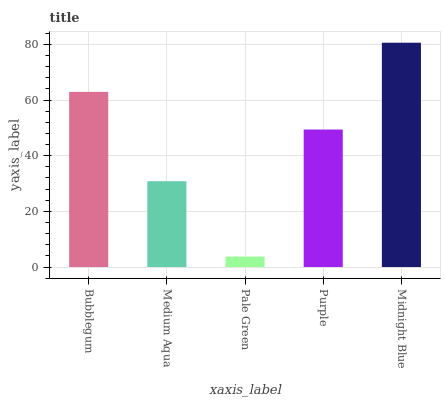
| xaxis_label | bars |
 | --- | --- |
 | Bubblegum | 62.9 |
 | Medium Aqua | 30.8 |
 | Pale Green | 3.74 |
 | Purple | 49.4 |
 | Midnight Blue | 80.6 |